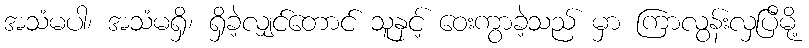
အသံမပါ၊ အသံမရှိ၊ ရှိခဲ့လျှင်တောင် သူနှင့် ဝေးကွာခဲ့သည် မှာ ကြာလွန်းလှပြီမို့